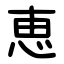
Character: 恵